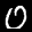
Label: 0